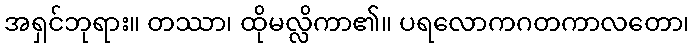
အရှင်ဘုရား။ တဿာ၊ ထိုမလ္လိကာ၏။ ပရလောကဂတကာလတော၊